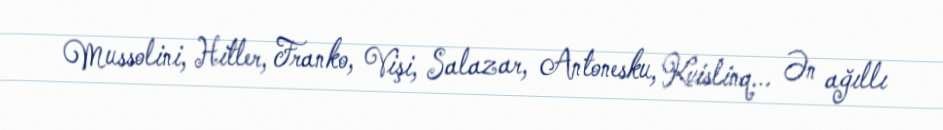
Mussolini, Hitler, Franko, Vişi, Salazar, Antonesku, Kvislinq... Ən ağıllı